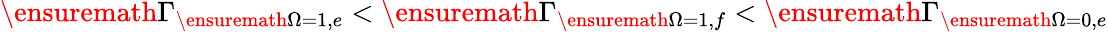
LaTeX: \ensuremath{\Gamma}_{\ensuremath{\Omega}=1,e}<\ensuremath{\Gamma}_{\ensuremath{\Omega}=1,f}<\ensuremath{\Gamma}_{\ensuremath{\Omega}=0,e}